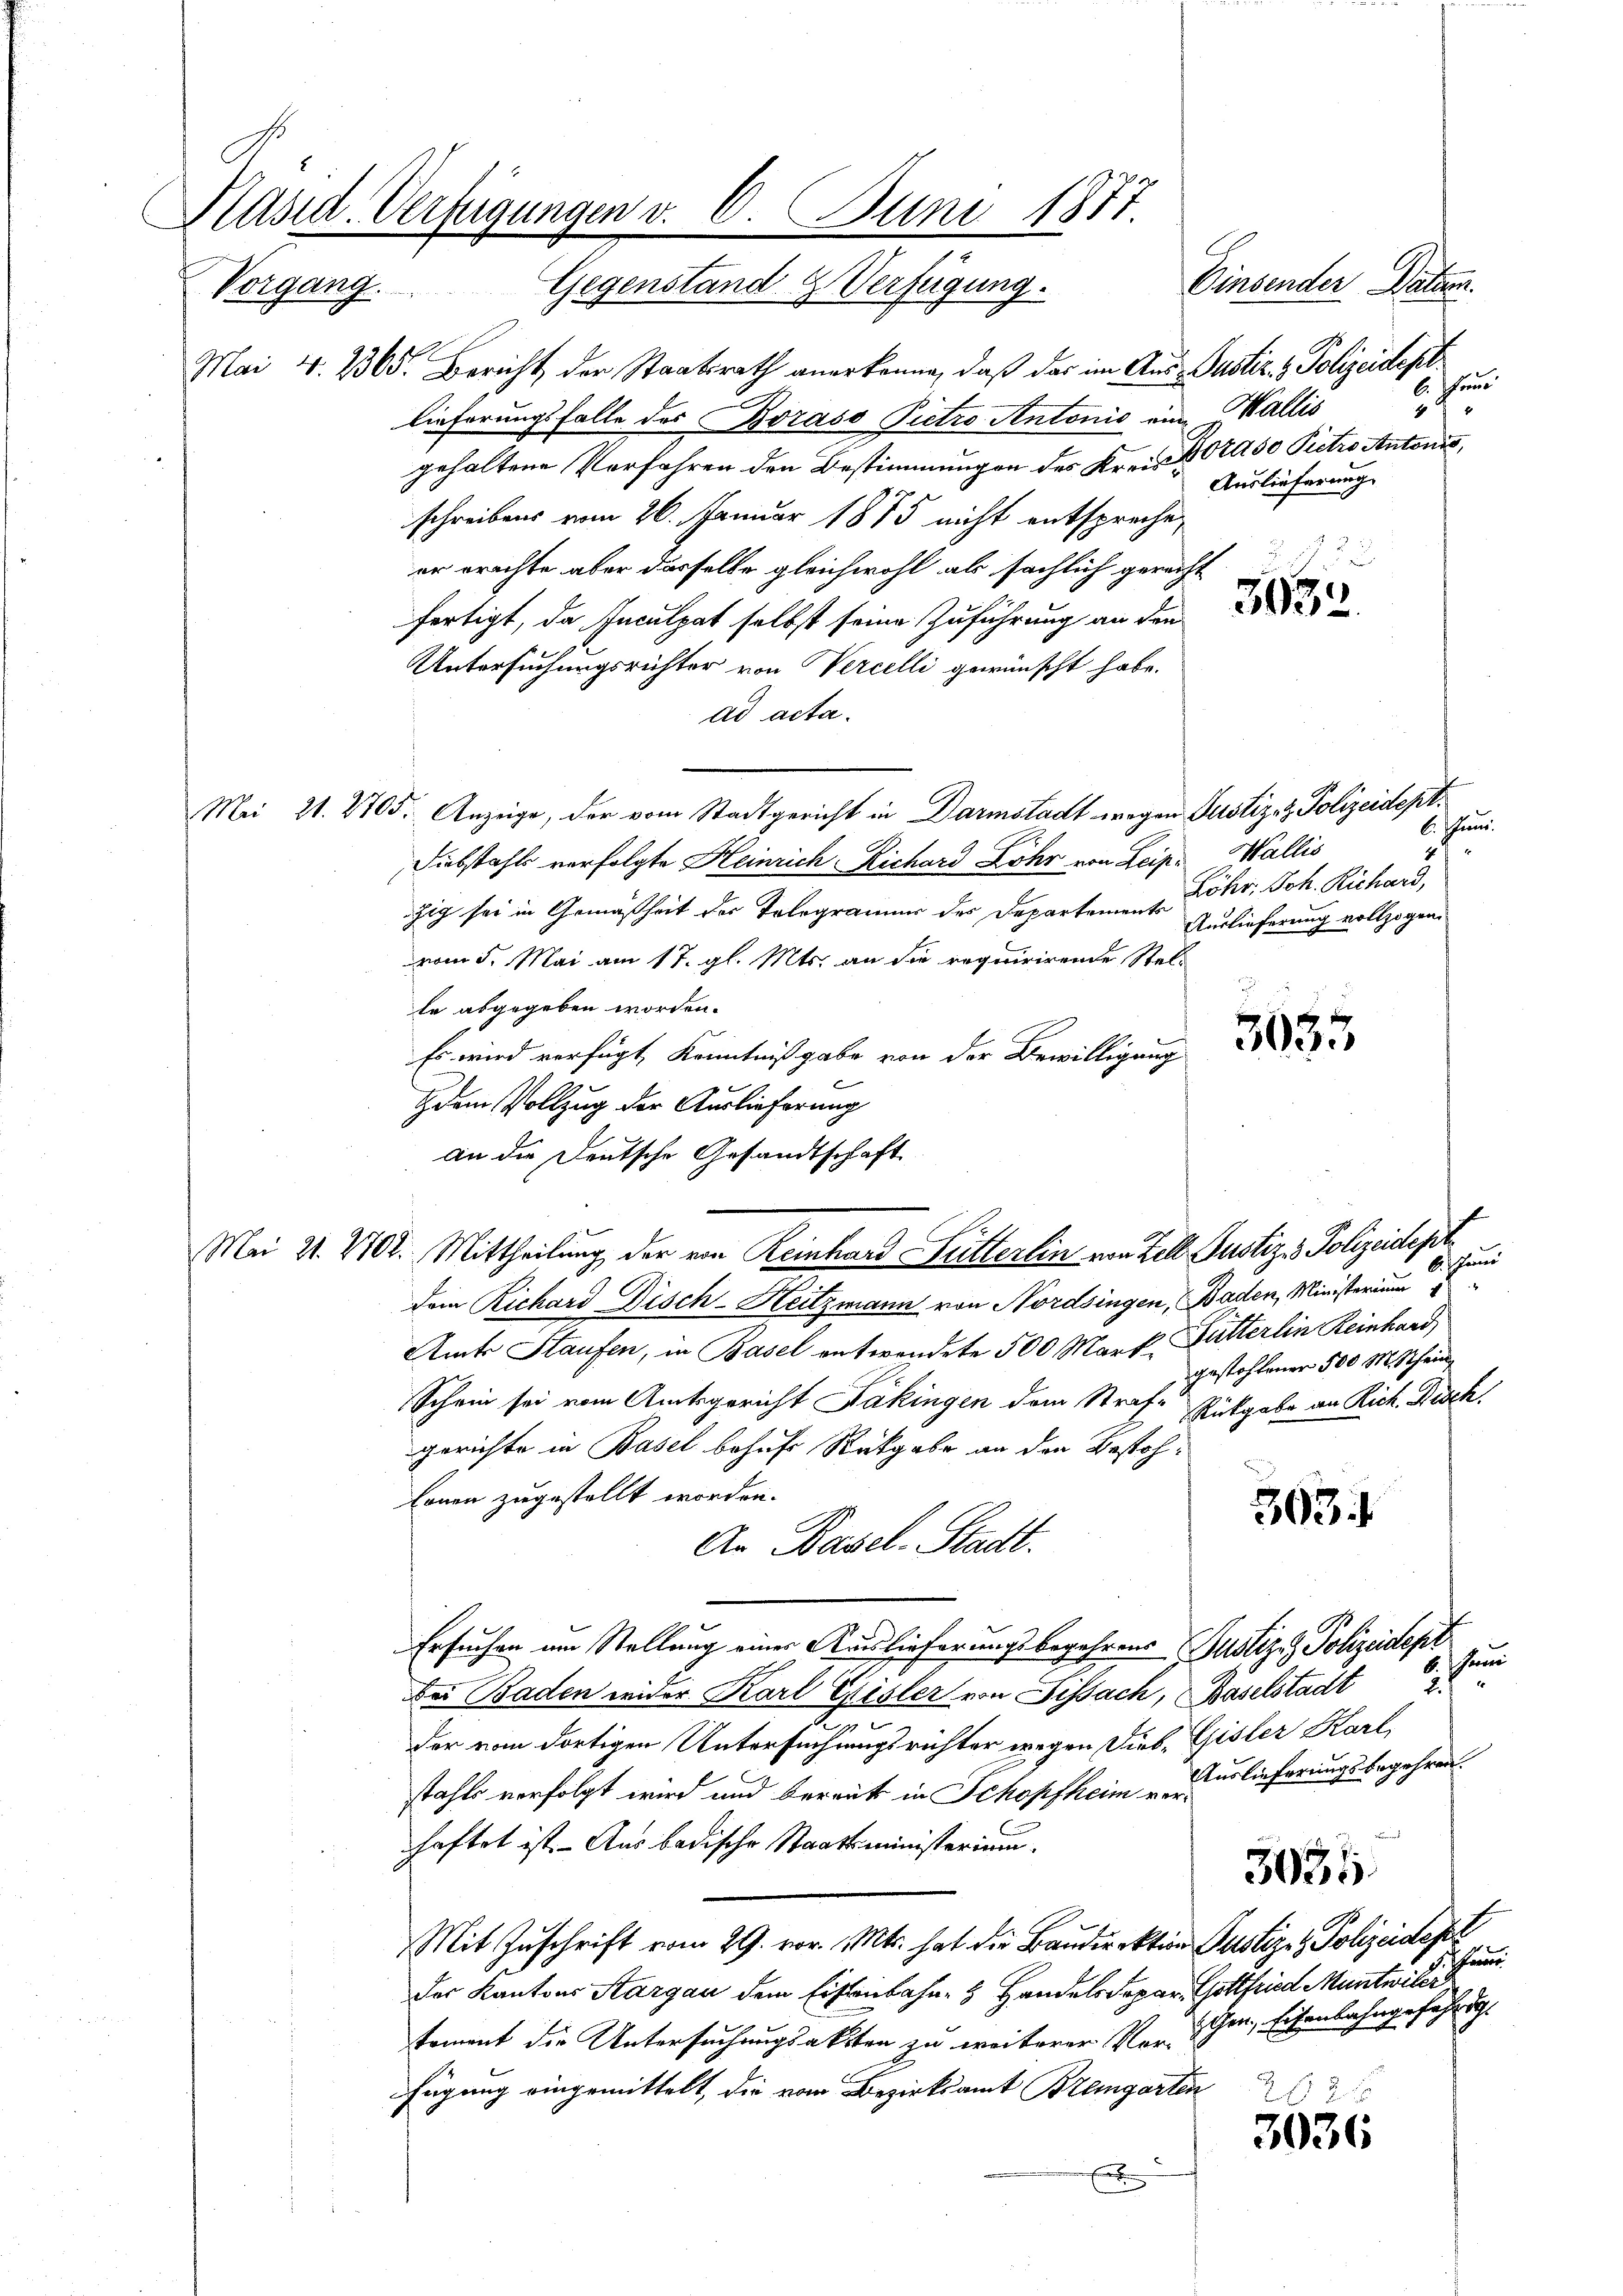
Päsid. Verfügungen v. 6. Juni 1877
z
14.
.
Einsender Datum.
Vorgang

Mai v. 2365. Bericht der Staatsrath anerkenne, daß das im Aus- Justiz- & Polizeidepl
lieferungsfalle des Boraso Pietro Antonis ein Wallis
gehaltene Verfahren den Bestimmungen des Kreis 802. 50 Pietro Antonis,
schreibens vom 26. Januar 1875 nicht entsprechen
er erachte aber dasselbe gleichwohl als sächlich gerecht
fertigt, da Inculpat selbst seine Zuführung an den
Untersuchungsrichter von Vercelli gewünscht habe.
ad acta.
Mei 21. 2705. Anzeige, der vom Stadtgericht in Darmstadt wegen Justiz- & Polizeidept¬
Diebstahls verfolgte Heinrich Richard Lohr von Leipe Wallis
zig sei in Gemäßheit der Telegramer der Departement Föhr, Joh. Richard,
Auslieferung vollzogen.
vom 5. Mai am 17. gl. Mts. an die requirirende Stelte abgegeben worden.
Es wird verfügt, Kenntnißgabe von der Bewilligung
dem Vollzug der Auslieferung
an die Deutsche Gesandtschaft
Mei 21. 402. Mittheilung der ein Reinhard Futterlin von Zoll Justiz & Polizeidept
harrer
dem Richard Disch-Heitzmann von Nordsingen, Baden, Ministerium
Amts Staufen, in Basel entwendete 500 Mark Butterlin Reinhard
gestohlener 500 M. Schein¬
Schein sei vom Amtsgericht Jäkingen dem Strafe Rückgabe an Rick. Bisch.
gerichte in Basel behufs Rückgabe an den Bestohkonen zugestellt worden.
303
An Basel-Stadt.
Ersuchen um Stellung einer Auslieferungsbegehrens Justiz- & Polizeidept
b. Herrei
Bei Baden wider Karl Eisler von Fissach, Baselstadt 2 "
der vom dortigen Untersuchungsrichter wegen Dieb. Gisler Karl
stahls verfolgt wird und bereits in Schopfheim Auslieferungsbegehren.
haftet ist. - Aus badische Staatsministerium.
3036
Mit Zuschrift vom 29. vor. Mts. hat die Baudirektion Justiz- & Polizeideser
Paren.
der Kantons Aargau dem Eisenbahn- & Handels Depar. Gottfried Muntwiler
schen, Eisenbahngefähr di
tement die Untersuchungsakten zu weiterer Vor-
fügung eingemittelt, die vom Bezirksamt Bremgarten
3036
E

2

6. Fens
42 x
Auslieferung

2
3032.

6. Juni.
4

3033